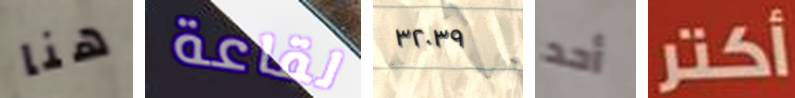
هنا لقاعة ٣٢٠٣٩ أحد أكتر